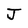
Character: J